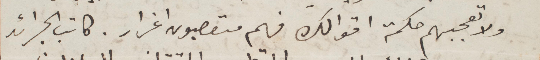
ولا تعجبهم حكمة اقوالك فهم متعصبون اغرار. كاتب الجرائد